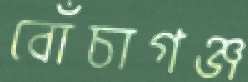
বোঁচাগঞ্জ